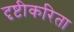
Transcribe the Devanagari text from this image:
दृष्टीकरिता